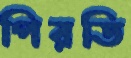
পিরতি